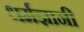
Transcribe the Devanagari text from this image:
धर्मज्ञानी